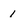
Character: 1